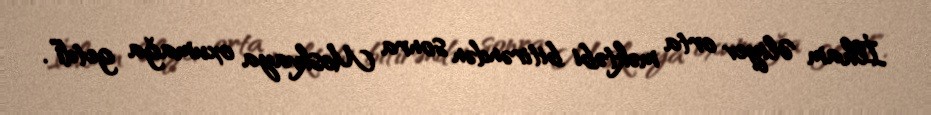
İlham Əliyev orta məktəbi bitirəndən sonra Moskvaya oxumağa getdi”.